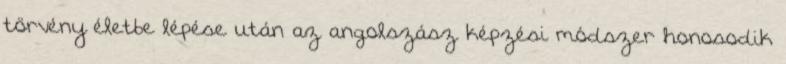
törvény életbe lépése után az angolszász képzési módszer honosodik